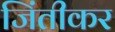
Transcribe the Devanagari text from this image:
जिंतीकर